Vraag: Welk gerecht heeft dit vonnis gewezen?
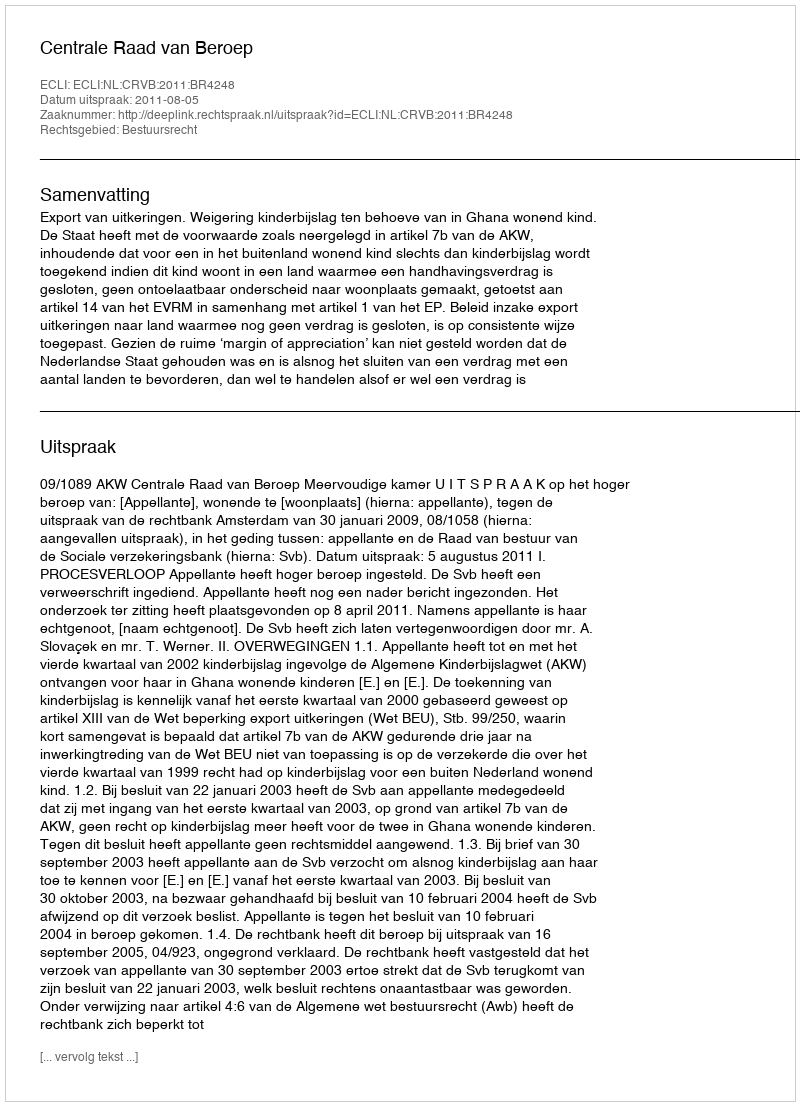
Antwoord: Centrale Raad van Beroep